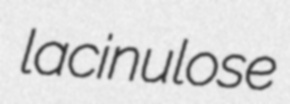
lacinulose